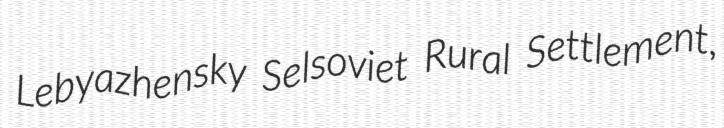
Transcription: Lebyazhensky Selsoviet Rural Settlement,